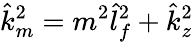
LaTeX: \hat{k}_{m}^{2}=m^{2}\hat{l}_{f}^{2}+\hat{k}_{z}^{2}